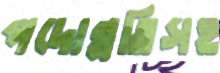
পদোন্নতিসহ